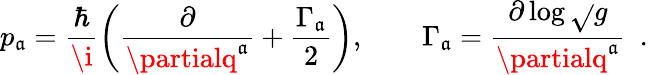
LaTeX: p_{\mathfrak{a}}={\frac{{\hbar}}{{\i}}}\bigg({\frac{{\partial}}{{\partialq^{\mathfrak{a}}}}}+{\frac{{\Gamma_{\mathfrak{a}}}}{{2}}}\bigg),\qquad\Gamma_{\mathfrak{a}}={\frac{{\partial\log\sqrt{}{{g}}}}{{\partialq^{\mathfrak{a}}}}}\enspace.